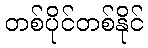
တစ်ပိုင်တစ်နိုင်